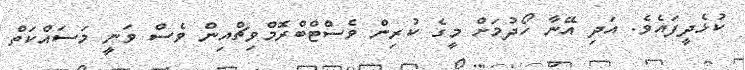
ކުޅެދީފައެވެ. އަދި އޭނާ ހޯދުމަށް މީގެ ކުރިން ވެސްޓްބްރޮމްވިޗްއިން ވެސް ވަނީ މަސައްކަތް